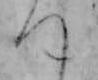
つ